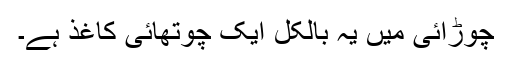
چوڑائی میں یہ بالکل ایک چوتھائی کاغذ ہے۔